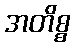
အတိစ္စ